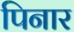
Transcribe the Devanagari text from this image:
पिनार